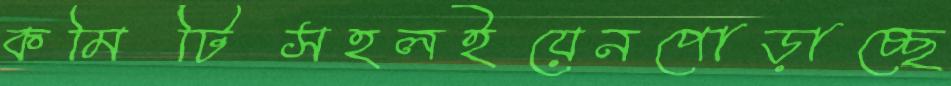
কমিটিসহলইয়েনপোড়াচ্ছে